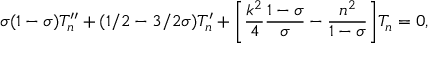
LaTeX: \sigma ( 1 - \sigma ) T _ { n } ^ { \prime \prime } + ( 1 / 2 - 3 / 2 \sigma ) T _ { n } ^ { \prime } + \biggl [ \frac { k ^ { 2 } } { 4 } \frac { 1 - \sigma } { \sigma } - \frac { n ^ { 2 } } { 1 - \sigma } \biggr ] T _ { n } = 0 ,